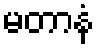
မတာနံ